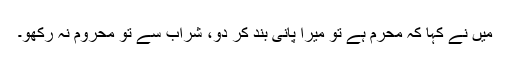
میں نے کہا کہ محرم ہے تو میرا پانی بند کر دو، شراب سے تو محروم نہ رکھو۔